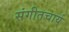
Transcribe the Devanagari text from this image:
संगीतचार्य